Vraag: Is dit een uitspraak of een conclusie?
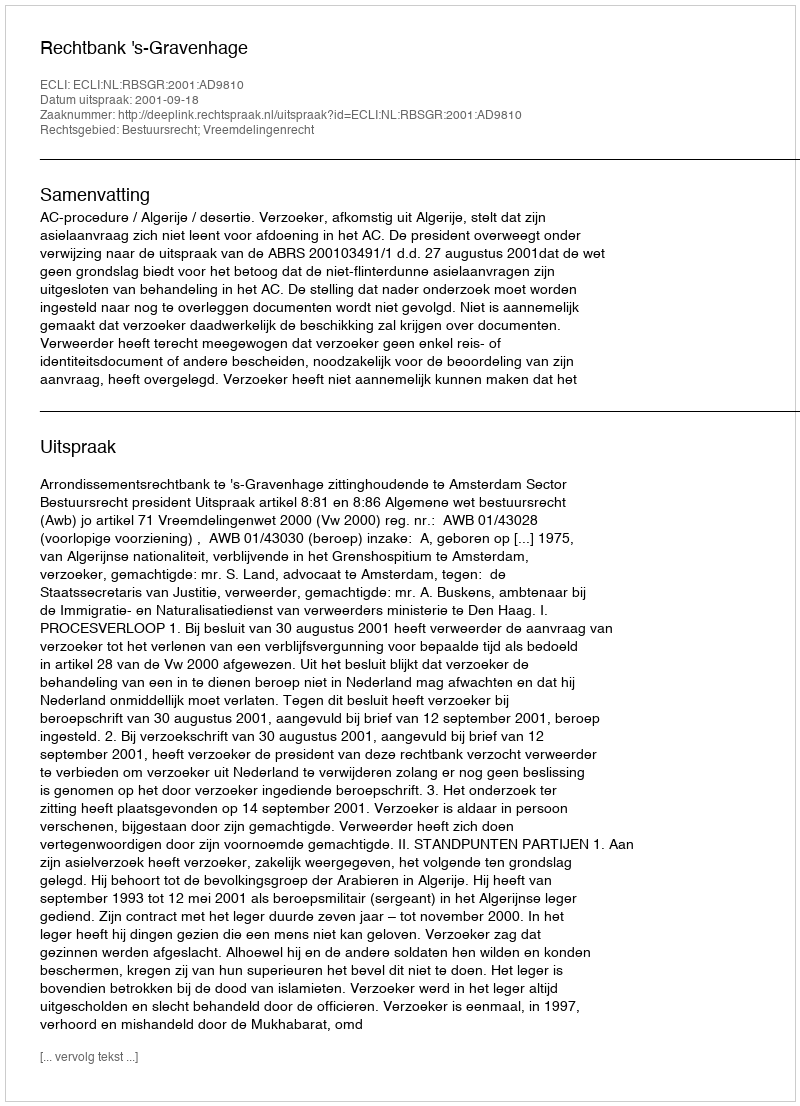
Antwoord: Uitspraak